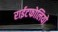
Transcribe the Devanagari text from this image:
राईटफोलियो